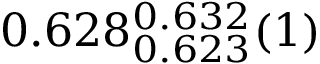
0 . 6 2 8 _ { 0 . 6 2 3 } ^ { 0 . 6 3 2 } ( 1 )